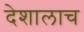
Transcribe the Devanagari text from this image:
देशालाच